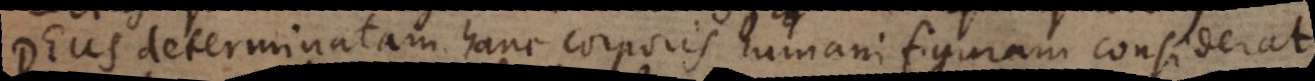
Deus determinatam hanc corporis humani figuram considera